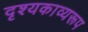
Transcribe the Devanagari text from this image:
दृश्यकाव्यरूप